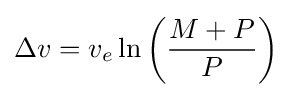
\Delta v=v_{e}\ln \left({\frac {M+P}{P}}\right)